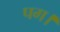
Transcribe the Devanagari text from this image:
पग।